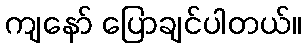
ကျနော် ပြောချင်ပါတယ်။